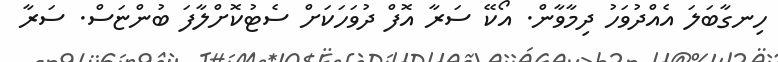
ހިނގާބަލަ އެއްދުވަހު ދިމާވާން. އޯކޭ ސަރާ އޮފް ދުވަހަކަށް ސެޓުކޮށްލާފަ ބުންޏަސް. ސަރާ